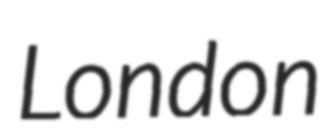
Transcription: London